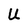
Character: U